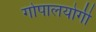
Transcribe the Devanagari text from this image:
गोपालयोगी